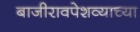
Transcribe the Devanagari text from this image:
बाजीरावपेशव्याच्या